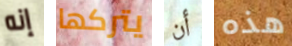
إنه يتركها أن هذه